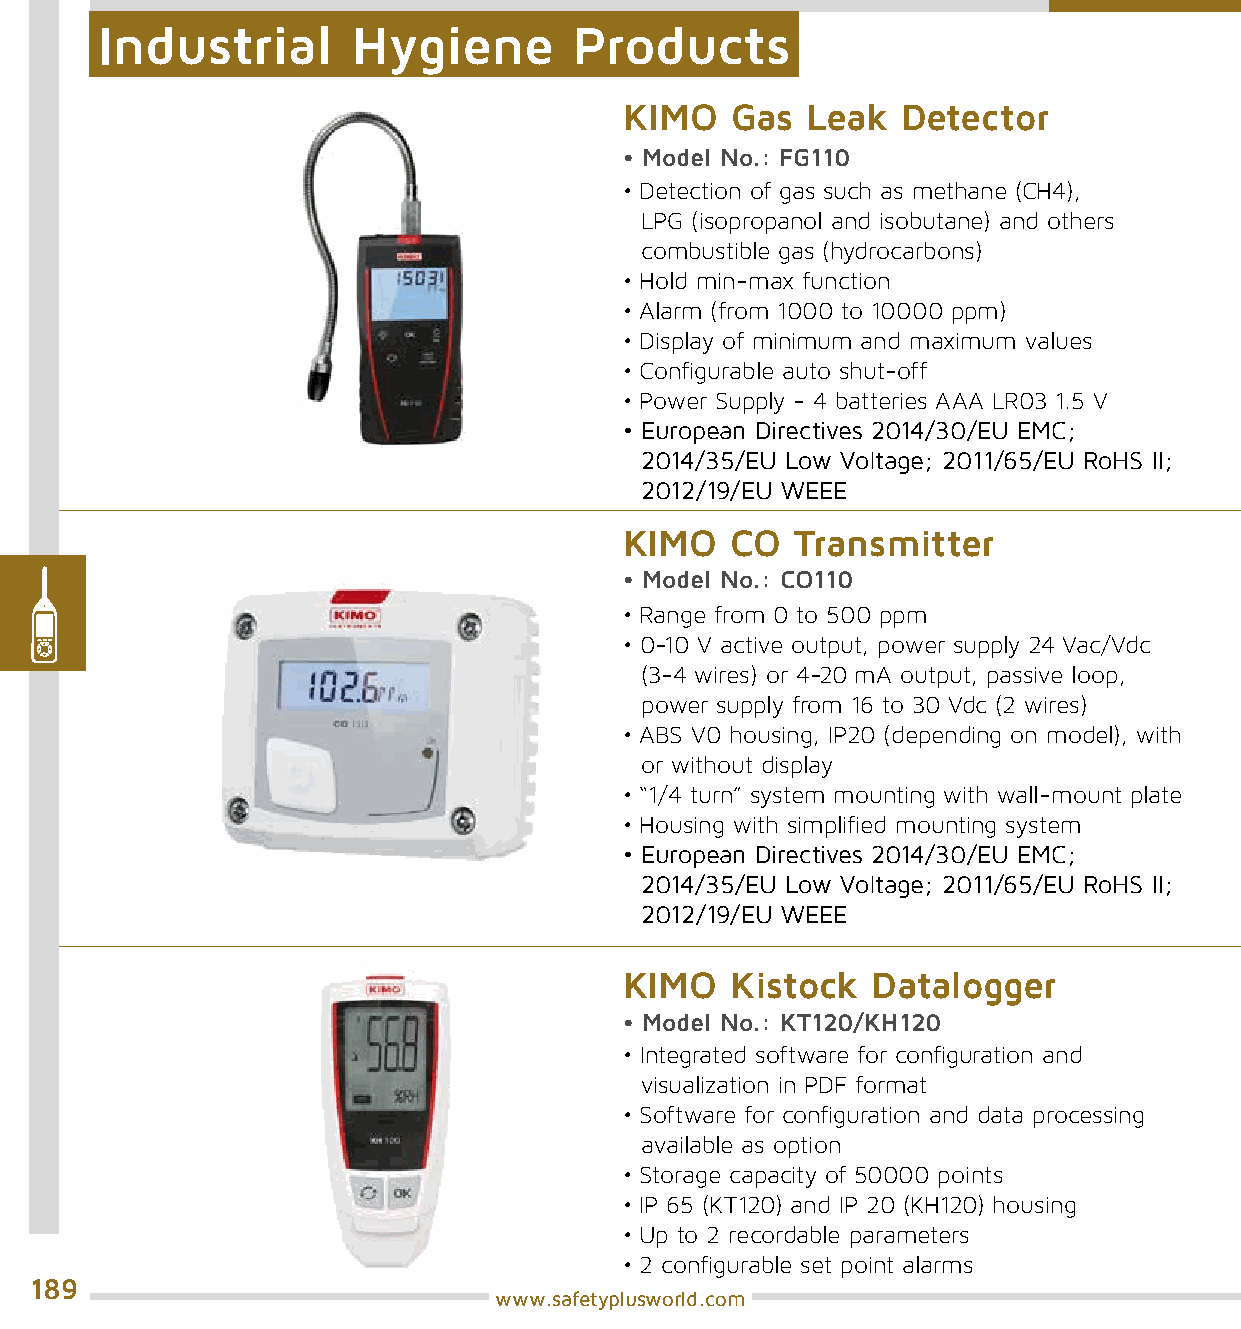
Industrial       Hygiene        Products
 KIMO   Gas  Leak   Detector
 • Model No.: FG110
 • Detection of gas such as methane (CH4),
 LPG (isopropanol and isobutane) and others
 combustible gas (hydrocarbons)
 • Hold min-max function
 • Alarm (from 1000 to 10000 ppm)
 • Display of minimum and maximum values
 • Configurable auto shut-off
 • Power Supply - 4 batteries AAA LR03 1.5 V
 • European Directives 2014/30/EU EMC;
 2014/35/EU Low Voltage; 2011/65/EU RoHS II;
 2012/19/EU WEEE
 KIMO   CO   Transmitter
 • Model No.: CO110
 • Range from 0 to 500 ppm
 • 0-10 V active output, power supply 24 Vac/Vdc
 (3-4 wires) or 4-20 mA output, passive loop,
 power supply from 16 to 30 Vdc (2 wires)
 • ABS V0 housing, IP20 (depending on model), with
 or without display
 • “1/4 turn” system mounting with wall-mount plate
 • Housing with simplified mounting system
 • European Directives 2014/30/EU EMC;
 2014/35/EU Low Voltage; 2011/65/EU RoHS II;
 2012/19/EU WEEE
 KIMO   Kistock   Datalogger
 • Model No.: KT120/KH120
 • Integrated software for configuration and
 visualization in PDF format
 • Software for configuration and data processing
 available as option
 • Storage capacity of 50000 points
 • IP 65 (KT120) and IP 20 (KH120) housing
 • Up to 2 recordable parameters
 • 2 configurable set point alarms
 189
 www.safetyplusworld.com